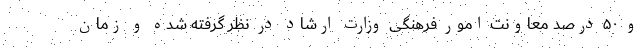
و ۵۰ درصد معاونت امور فرهنگی وزارت ارشاد در نظر گرفته شده و زمان